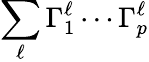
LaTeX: \sum_{\ell}\Gamma_{1}^{\ell}\cdots\Gamma_{p}^{\ell}